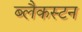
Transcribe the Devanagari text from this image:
ब्लैकस्टन